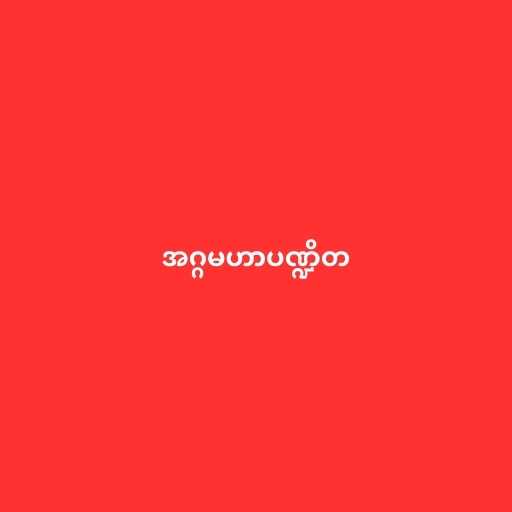
အဂ္ဂမဟာပဏ္ဍိတ